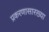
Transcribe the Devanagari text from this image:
प्रकरणासारख्या